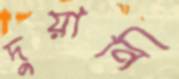
দুয়ানি